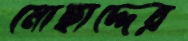
মোছাদ্দের